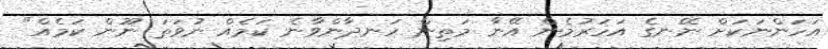
އަހަންނަކަށް ނޭނގެ އަހަރުމެން އޭނާ މަތިން ހަނދާންވާނެ ކަމެއް ނުވަތަ ނޫން ކަމެއް"